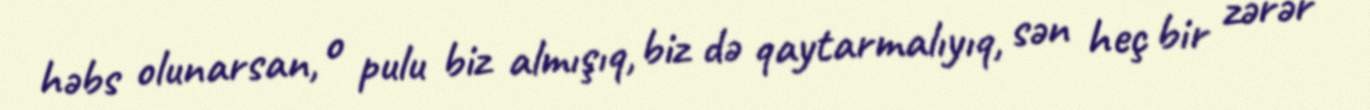
həbs olunarsan, o pulu biz almışıq, biz də qaytarmalıyıq, sən heç bir zərər